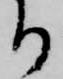
り